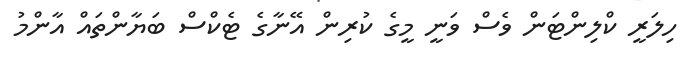
ހިލަރީ ކްލިންޓަން ވެސް ވަނީ މީގެ ކުރިން އޭނާގެ ޓެކްސް ބަޔާންތައް އާންމު